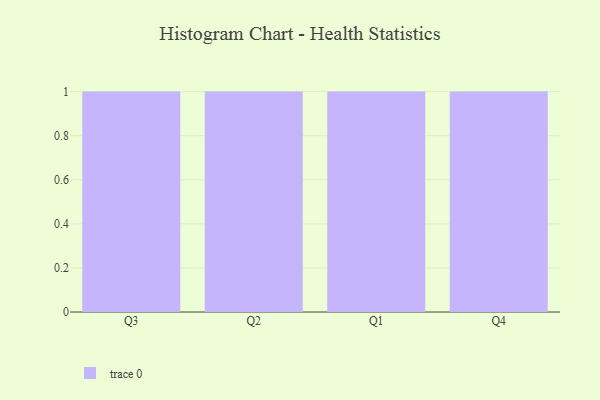
{"axis": {"x": "Quarter", "y": "Active Users"}, "legend": [""], "data": [{"x": "Q3", "y": 64, "type": ""}, {"x": "Q2", "y": 29, "type": ""}, {"x": "Q1", "y": 88, "type": ""}, {"x": "Q4", "y": 72, "type": ""}]}